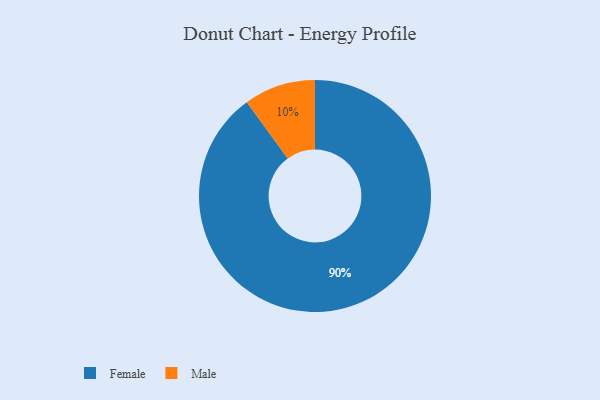
{"axis": {"x": "Category", "y": "Percentage"}, "legend": ["Female", "Male"], "data": [{"x": "Female", "y": 90, "type": "Female"}, {"x": "Male", "y": 10, "type": "Male"}]}